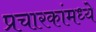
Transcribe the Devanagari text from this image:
प्रचारकांमध्ये